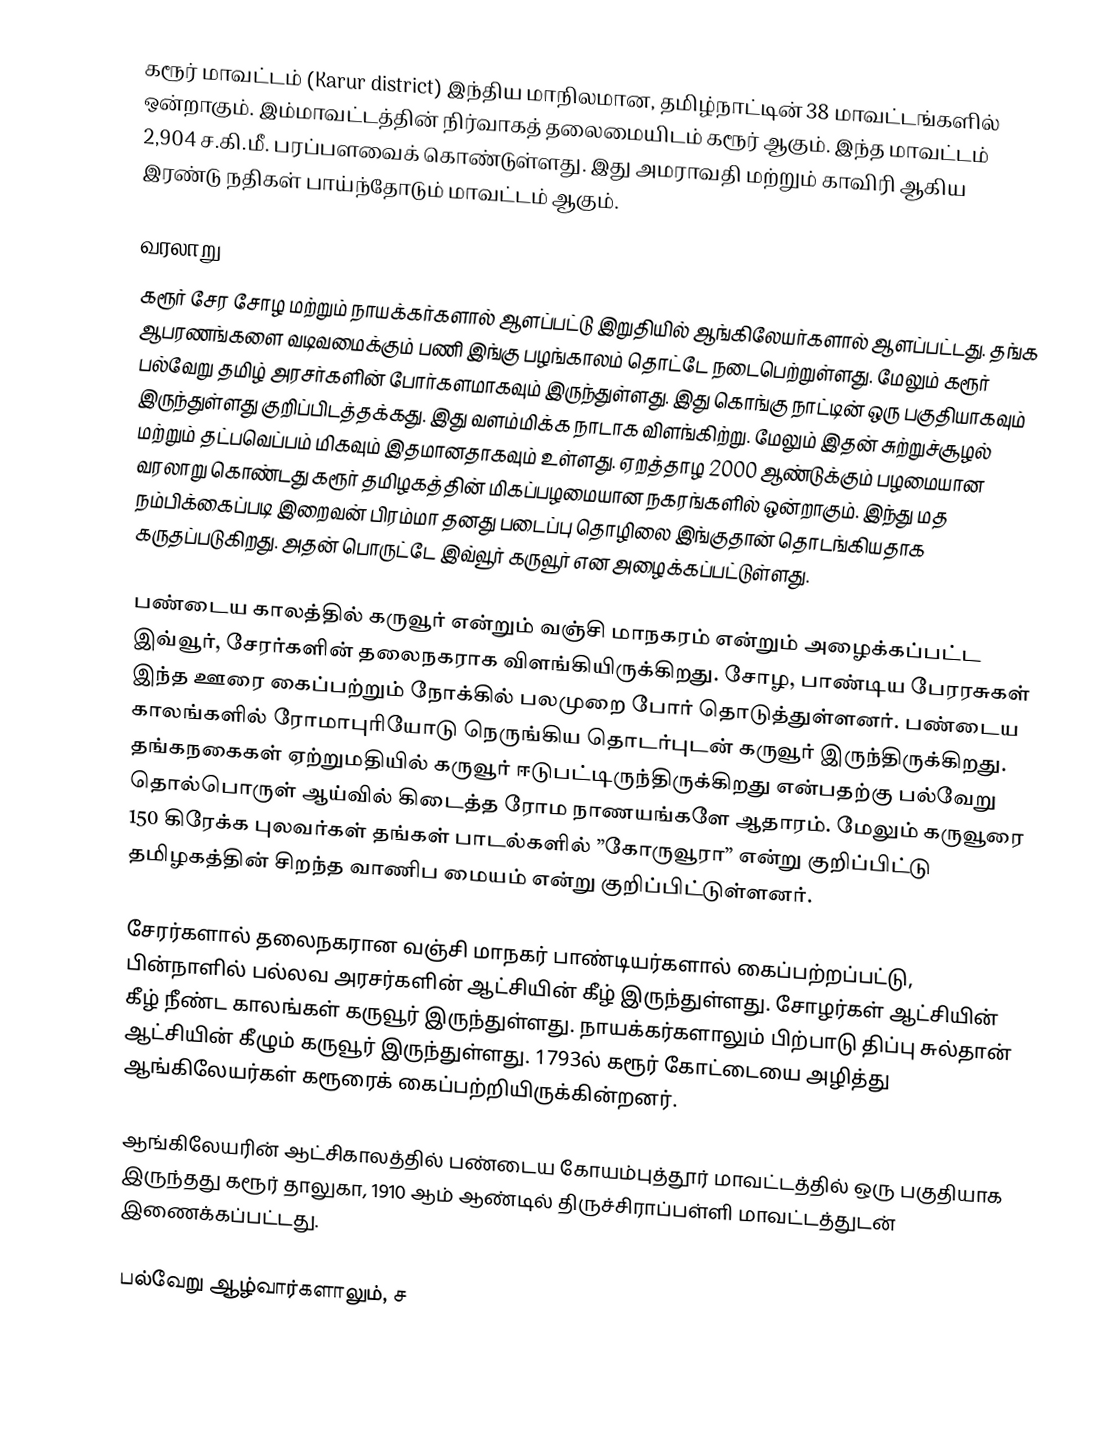
கரூர் மாவட்டம் (Karur district) இந்திய மாநிலமான, தமிழ்நாட்டின் 38 மாவட்டங்களில் ஒன்றாகும். இம்மாவட்டத்தின் நிர்வாகத் தலைமையிடம் கரூர் ஆகும். இந்த மாவட்டம் 2,904 ச.கி.மீ. பரப்பளவைக் கொண்டுள்ளது. இது அமராவதி மற்றும் காவிரி ஆகிய இரண்டு நதிகள் பாய்ந்தோடும் மாவட்டம் ஆகும்.

வரலாறு
கரூர் சேர சோழ மற்றும் நாயக்கர்களால் ஆளப்பட்டு இறுதியில் ஆங்கிலேயர்களால் ஆளப்பட்டது. தங்க ஆபரணங்களை வடிவமைக்கும் பணி இங்கு பழங்காலம் தொட்டே நடைபெற்றுள்ளது. மேலும் கரூர் பல்வேறு தமிழ் அரசர்களின் போர்களமாகவும் இருந்துள்ளது. இது கொங்கு நாட்டின் ஒரு பகுதியாகவும் இருந்துள்ளது குறிப்பிடத்தக்கது. இது வளம்மிக்க நாடாக விளங்கிற்று. மேலும் இதன் சுற்றுச்சூழல் மற்றும் தட்பவெப்பம் மிகவும் இதமானதாகவும் உள்ளது. ஏறத்தாழ 2000 ஆண்டுக்கும் பழமையான வரலாறு கொண்டது கரூர் தமிழகத்தின் மிகப்பழமையான நகரங்களில் ஒன்றாகும். இந்து மத நம்பிக்கைப்படி இறைவன் பிரம்மா தனது படைப்பு தொழிலை இங்குதான் தொடங்கியதாக கருதப்படுகிறது. அதன் பொருட்டே இவ்வூர் கருவூர் என அழைக்கப்பட்டுள்ளது.

பண்டைய காலத்தில் கருவூர் என்றும் வஞ்சி மாநகரம் என்றும் அழைக்கப்பட்ட இவ்வூர், சேரர்களின் தலைநகராக விளங்கியிருக்கிறது. சோழ, பாண்டிய பேரரசுகள் இந்த ஊரை கைப்பற்றும் நோக்கில் பலமுறை போர் தொடுத்துள்ளனர். பண்டைய காலங்களில் ரோமாபுரியோடு நெருங்கிய தொடர்புடன் கருவூர் இருந்திருக்கிறது. தங்கநகைகள் ஏற்றுமதியில் கருவூர் ஈடுபட்டிருந்திருக்கிறது என்பதற்கு பல்வேறு தொல்பொருள் ஆய்வில் கிடைத்த ரோம நாணயங்களே ஆதாரம். மேலும் கருவூரை 150 கிரேக்க புலவர்கள் தங்கள் பாடல்களில் ”கோருவூரா” என்று குறிப்பிட்டு தமிழகத்தின் சிறந்த வாணிப மையம் என்று குறிப்பிட்டுள்ளனர்.

சேரர்களால் தலைநகரான வஞ்சி மாநகர் பாண்டியர்களால் கைப்பற்றப்பட்டு, பின்நாளில் பல்லவ அரசர்களின் ஆட்சியின் கீழ் இருந்துள்ளது. சோழர்கள் ஆட்சியின் கீழ் நீண்ட காலங்கள் கருவூர் இருந்துள்ளது. நாயக்கர்களாலும் பிற்பாடு திப்பு சுல்தான் ஆட்சியின் கீழும் கருவூர் இருந்துள்ளது. 1793ல் கரூர் கோட்டையை அழித்து ஆங்கிலேயர்கள் கரூரைக் கைப்பற்றியிருக்கின்றனர்.

ஆங்கிலேயரின் ஆட்சிகாலத்தில் பண்டைய கோயம்புத்தூர் மாவட்டத்தில் ஒரு பகுதியாக இருந்தது கரூர் தாலுகா, 1910 ஆம் ஆண்டில் திருச்சிராப்பள்ளி மாவட்டத்துடன் இணைக்கப்பட்டது.

பல்வேறு ஆழ்வார்களாலும், ச